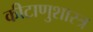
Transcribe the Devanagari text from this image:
कीटाणुशास्त्र